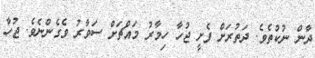
ދާން ނުކުތެވެ. ދަތުރަށް ފެށީ ޖުހާ ހިމާރު މައްޗަށް ސަވާރު ވެގެންނެވެ. ޖުހާ